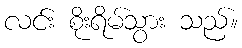
လင်း စိုးရိမ်သွား သည်။